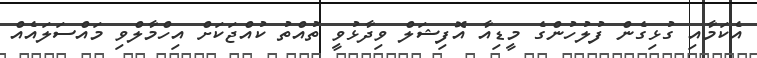
އެކަމާއި ގުޅިގެން ފުލުހުންގެ މީޑިއާ އޮފިޝަލް ވިދާޅުވީ ތުއްތު ކުއްޖަކަށް އިހްމާލްވި މައްސަލައެއް